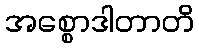
အစ္စောဒါတာတိ